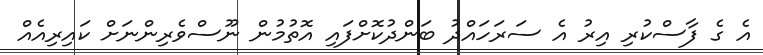
އެ ގެ ފާސްކުރި އިރު އެ ސަރަހައްދު ބަންދުކޮށްފައި އޮތުމުން ނޫސްވެރިންނަށް ކައިރިއެއް